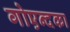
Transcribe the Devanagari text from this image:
गोएन्दका